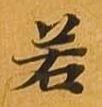
若